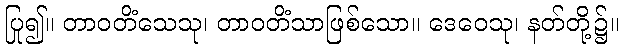
ပြု၍။ တာဝတိံသေသု၊ တာဝတိံသာဖြစ်သော။ ဒေဝေသု၊ နတ်တို့၌။